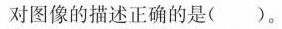
对图像的描述正确的是()。